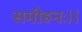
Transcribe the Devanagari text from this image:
समीहनः।।